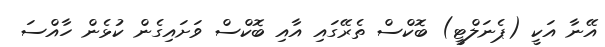
އޭނާ އަކީ (ޕެނަލްޓީ) ބޮކްސް ތެރޭގައި އާއި ބޮކްސް ވަށައިގެން ކުޅެން ހާއްސަ